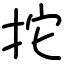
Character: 拕